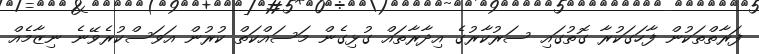
ފަރާތްތަކުން ފާހަގަކުރާ ގޮތުގައި ސަރުކާރުގެ އިދާރާތައް ގުޅިގެން މަސައްކަތް ކުރުން އަވަސްކުރެވޭނެ ނިޒާމެއް